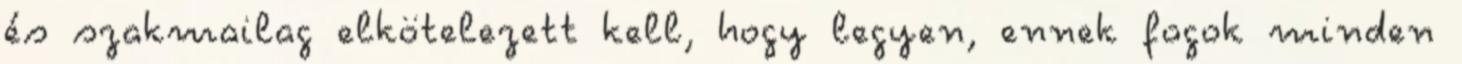
és szakmailag elkötelezett kell, hogy legyen, ennek fogok minden